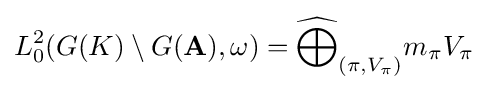
L_{0}^{2}(G(K)\setminus G(\mathbf {A} ),\omega )={\widehat {\bigoplus }}_{(\pi ,V_{\pi })}m_{\pi }V_{\pi }